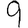
Digit: 9